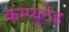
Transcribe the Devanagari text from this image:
कम्प्युटेड